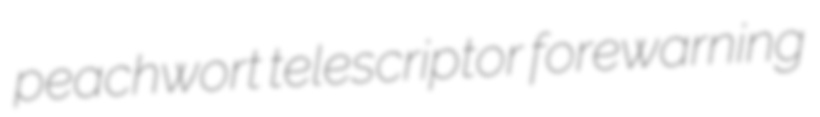
peachwort telescriptor forewarning